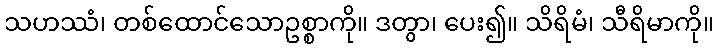
သဟဿံ၊ တစ်ထောင်သောဥစ္စာကို။ ဒတွာ၊ ပေး၍။ သိရိမံ၊ သီရိမာကို။